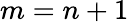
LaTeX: m=n+1